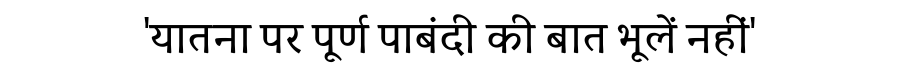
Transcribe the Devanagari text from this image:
'यातना पर पूर्ण पाबंदी की बात भूलें नहीं'